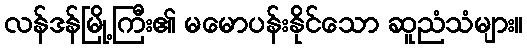
လန်ဒန်မြို့ကြီး၏ မမောပန်းနိုင်သော ဆူညံသံများ။